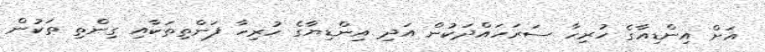
އަށް އިންޑިއާގެ ހުރިހާ ސަރަހައްދަކުން އަދި އިންޑިޔާގެ ހުރިހާ ފަންތިތަކާއި ގިންތި ތަކުން